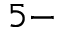
^ { 5 - }